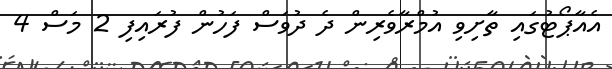
އެއާޕޯޓުގައި ތާށިވި އުމްރާވެރިން ދެ ދުވަސް ފަހުން ފުރައިފި 2 މަސް 4